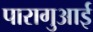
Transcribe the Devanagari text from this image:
पारागुआई